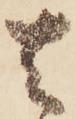
去